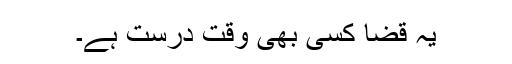
یہ قضا کسی بھی وقت درست ہے۔